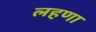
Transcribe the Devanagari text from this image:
लहणा